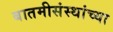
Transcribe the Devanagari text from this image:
बातमीसंस्थांच्या